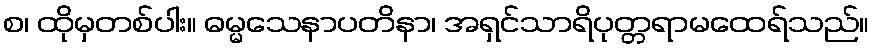
စ၊ ထိုမှတစ်ပါး။ ဓမ္မသေနာပတိနာ၊ အရှင်သာရိပုတ္တရာမထေရ်သည်။